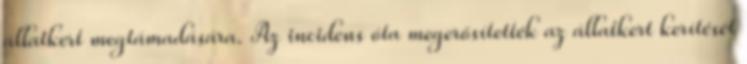
állatkert megtámadására. Az incidens óta megerősítették az állatkert kerítését